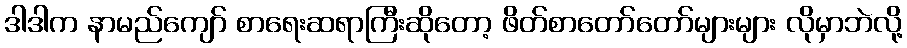
ဒါဒါက နာမည်ကျော် စာရေးဆရာကြီးဆိုတော့ ဖိတ်စာတော်တော်များများ လိုမှာဘဲလို့